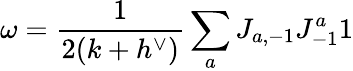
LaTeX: \omega={\frac{1}{2(k+h^{\vee})}}\sum_{a}J_{a,-1}J_{-1}^{a}1